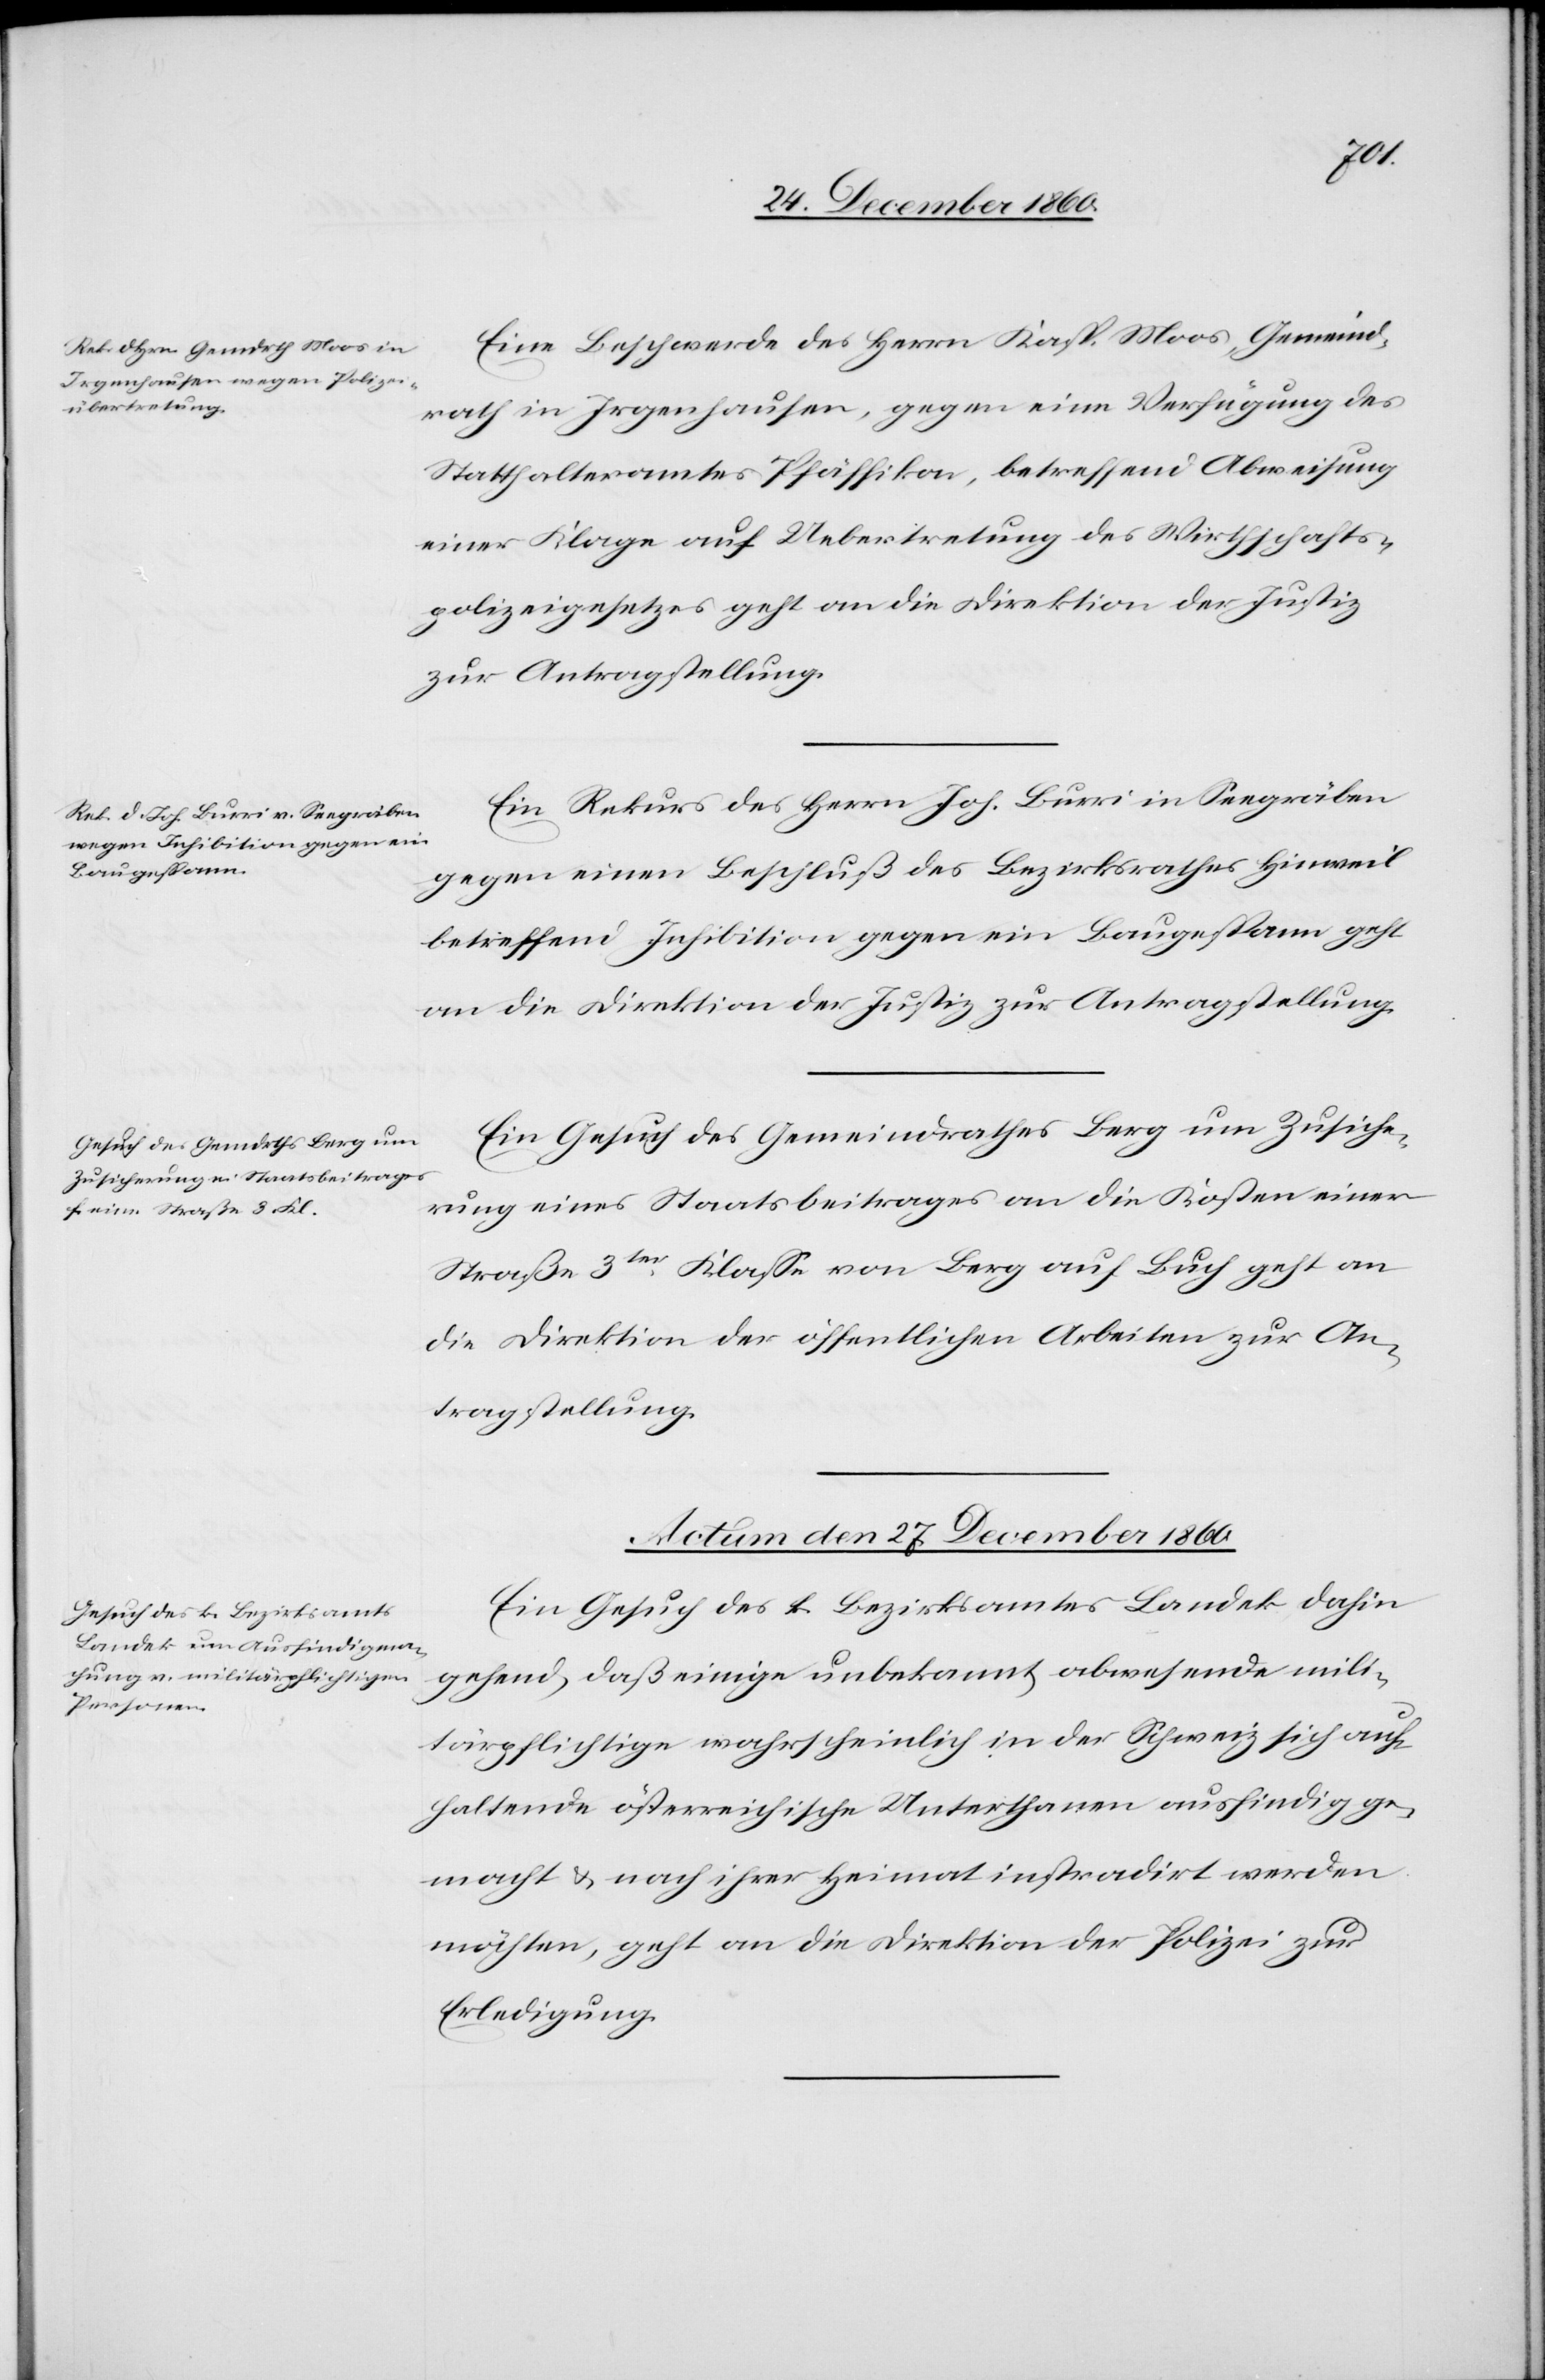
Eine Beschwerde des Herrn Kasp. Moos, Gemeind¬
rath in Irgenhausen, gegen eine Verfügung des
Statthalteramtes Pfäffikon, betreffend Abweisung
einer Klage auf Uebertretung des Wirthschafts¬
polizeigesetzes geht an die Direktion der Justiz
zur Antragstellung.
Ein Rekurs des Herrn Joh. Burri in Seegräben
gegen einen Beschluß des Bezirksrathes Hinweil
betreffend Inhibition gegen ein Baugespann geht
an die Direktion der Justiz zur Antragstellung.
Ein Gesuch des Gemeindrathes Berg um Zusiche¬
rung eines Staatsbeitrages an die Kosten einer
Straße 3ter Klasse von Berg auf Buch geht an
die Direktion der öffentlichen Arbeiten zur An¬
tragstellung.
Actum den 27. December. 1860.
Ein Gesuch des k. Bezirksamtes Landek dahin
gehend, daß einige unbekannt abwesende mili¬
tärpflichtige wahrscheinlich in der Schweiz sich auf¬
haltende österreichische Unterthanen ausfindig ge¬
macht u. nach ihrer Heimat instradirt werden
möchten, geht an die Direktion der Polizei zur
Erledigung.